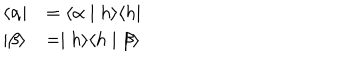
\begin{array} { l l } { { \langle \alpha \mid } } & { { = \langle \alpha \mid h \rangle \langle h \mid } } \\ { { \mid \beta \rangle } } & { { = \mid h \rangle \langle h \mid \beta \rangle } } \\ \end{array}